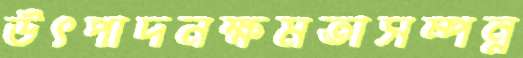
উৎপাদনক্ষমতাসম্পন্ন